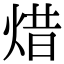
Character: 焟